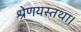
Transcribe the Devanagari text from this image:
श्रेणयस्तथा।